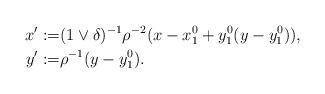
LaTeX: \begin{align*}x':=&(1\vee\delta)^{-1}\rho^{-2}(x-x_1^0+y_1^0(y-y_1^0)),\\y':=&\rho^{-1}(y-y_1^0).\end{align*}